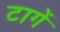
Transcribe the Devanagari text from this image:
टागें